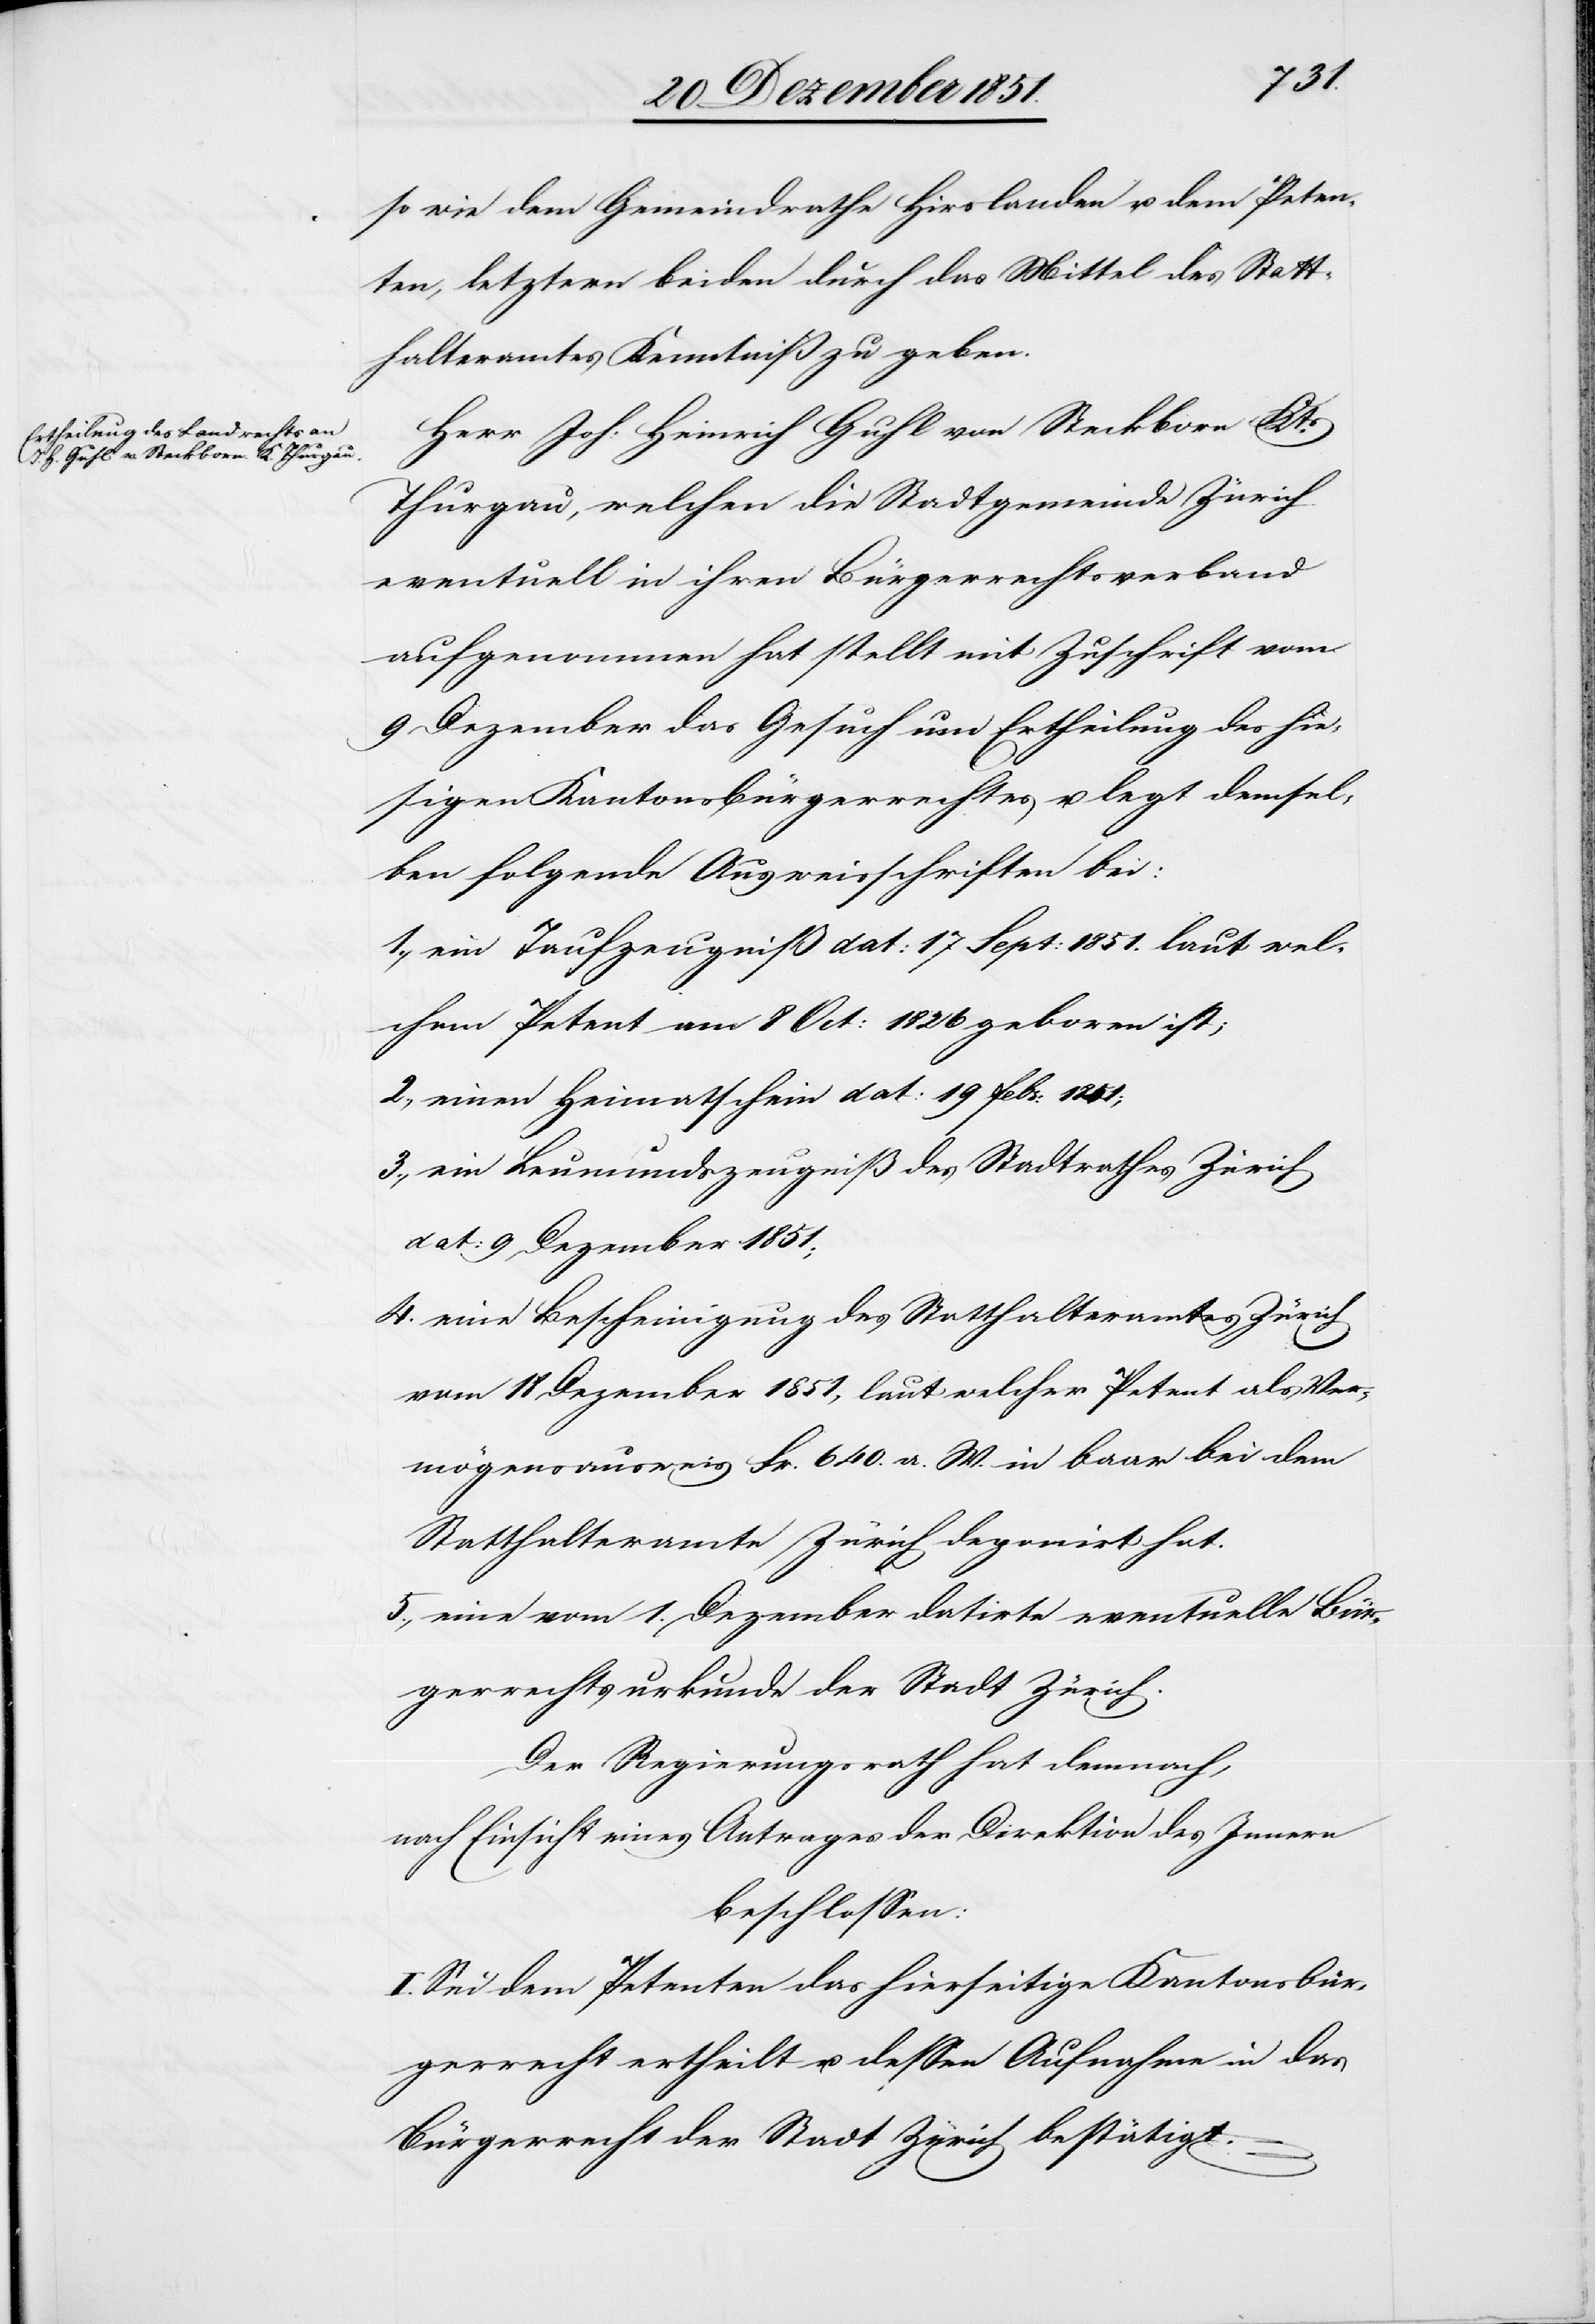
so wie dem Gemeindrathe Hirslanden u. dem Peten¬
ten, letztern beiden durch das Mittel des Statt¬
halteramtes Kenntniß zu geben.
Herr Joh: Heinrich Guhl von Steckborn Kts.
Thurgau, welchen die Stadtgemeinde Zürich
eventuell in ihren Bürgerrechtsverband
aufgenommen hat stellt mit Zuschrift vom
9 Dezember das Gesuch um Ertheilung des hie¬
sigen Kantonsbürgerrechtes u. legt demsel¬
ben folgende Ausweisschriften bei:
ein Taufzeugniß dat: 17 Sept: 1851. laut wel¬
chem Petent am 8 Oct: 1826 geboren ist;
einen Heimatschein dat: 19 Febr: 1851;
ein Leumundszeugniß des Stadtrathes Zürich
dat: 9 Dezember 1851;
eine Bescheinigung des Statthalteramtes Zürich
vom 18 Dezember 1851, laut welcher Petent als Ver¬
mögensausweis Fr. 640. a. W. in baar bei dem
Statthalteramte Zürich deponirt hat.
eine vom 1. Dezember datirte eventuelle Bür¬
gerrechtsurkunde der Stadt Zürich.
Der Regierungsrath hat demnach,
nach Einsicht eines Antrages der Direktion des Innern
beschlossen:
I. Sei dem Petenten das hierseitige Kantonsbür¬
gerrecht ertheilt u. dessen Aufnahme in das
Bürgerrecht der Stadt Zürich bestätigt.